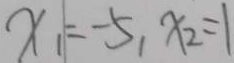
x _ { 1 } = - 5 , x _ { 2 } = 1